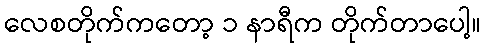
လေစတိုက်ကတော့ ၁ နာရီက တိုက်တာပေါ့။